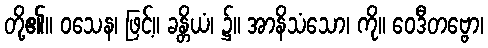
တို့၏။ ဝသေန၊ ဖြင့်။ ခန္တိယံ၊ ၌။ အာနိသံသော၊ ကို။ ဝေဒီတဗ္ဗော၊